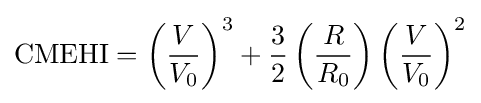
{\text{CMEHI}}=\left({\frac {V}{V_{0}}}\right)^{3}+{\frac {3}{2}}\left({\frac {R}{R_{0}}}\right)\left({\frac {V}{V_{0}}}\right)^{2}